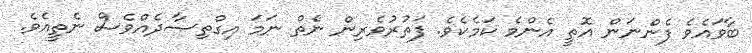
ބާވައެވެ ފެންނަން އޮތީ އެންމެ ކަމެކެވެ. ފަތުރުވެރިން ނެތް ނަމަ އިގްތިޞާދެއްވެސް ނެތީއެވެ.